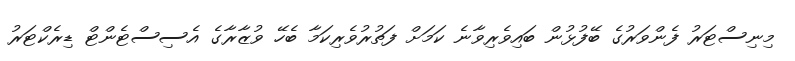
މިނިސްޓަރު ފެންވަރުގެ ބޭފުޅުން ބައިވެރިވާނެ ކަމަށް ފަތުރުވެރިކަމާ ބެހޭ ވުޒާރާގެ އެސިސްޓެންޓް ޑިރެކްޓަރު